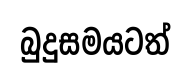
බුදුසමයටත්